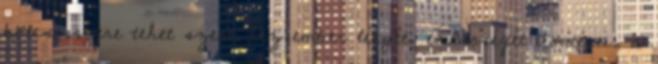
bölcsességre tehet szert. Az ember lényét, emberségét döntései, a